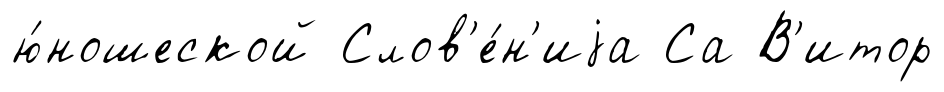
ю́ношеской Слов'е́н'иjа Са В'итор